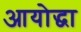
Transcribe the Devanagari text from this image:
आयोद्धा